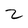
Character: z